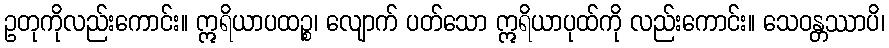
ဥတုကိုလည်းကောင်း။ ဣရိယာပထဉ္စ၊ လျောက် ပတ်သော ဣရိယာပုထ်ကို လည်းကောင်း။ သေဝန္တဿာပိ၊